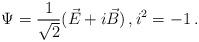
LaTeX: \begin{align*}\Psi=\frac{1}{\sqrt{2}} (\vec{E}+i \vec{B}) \, , i^2=-1 \, . \end{align*}